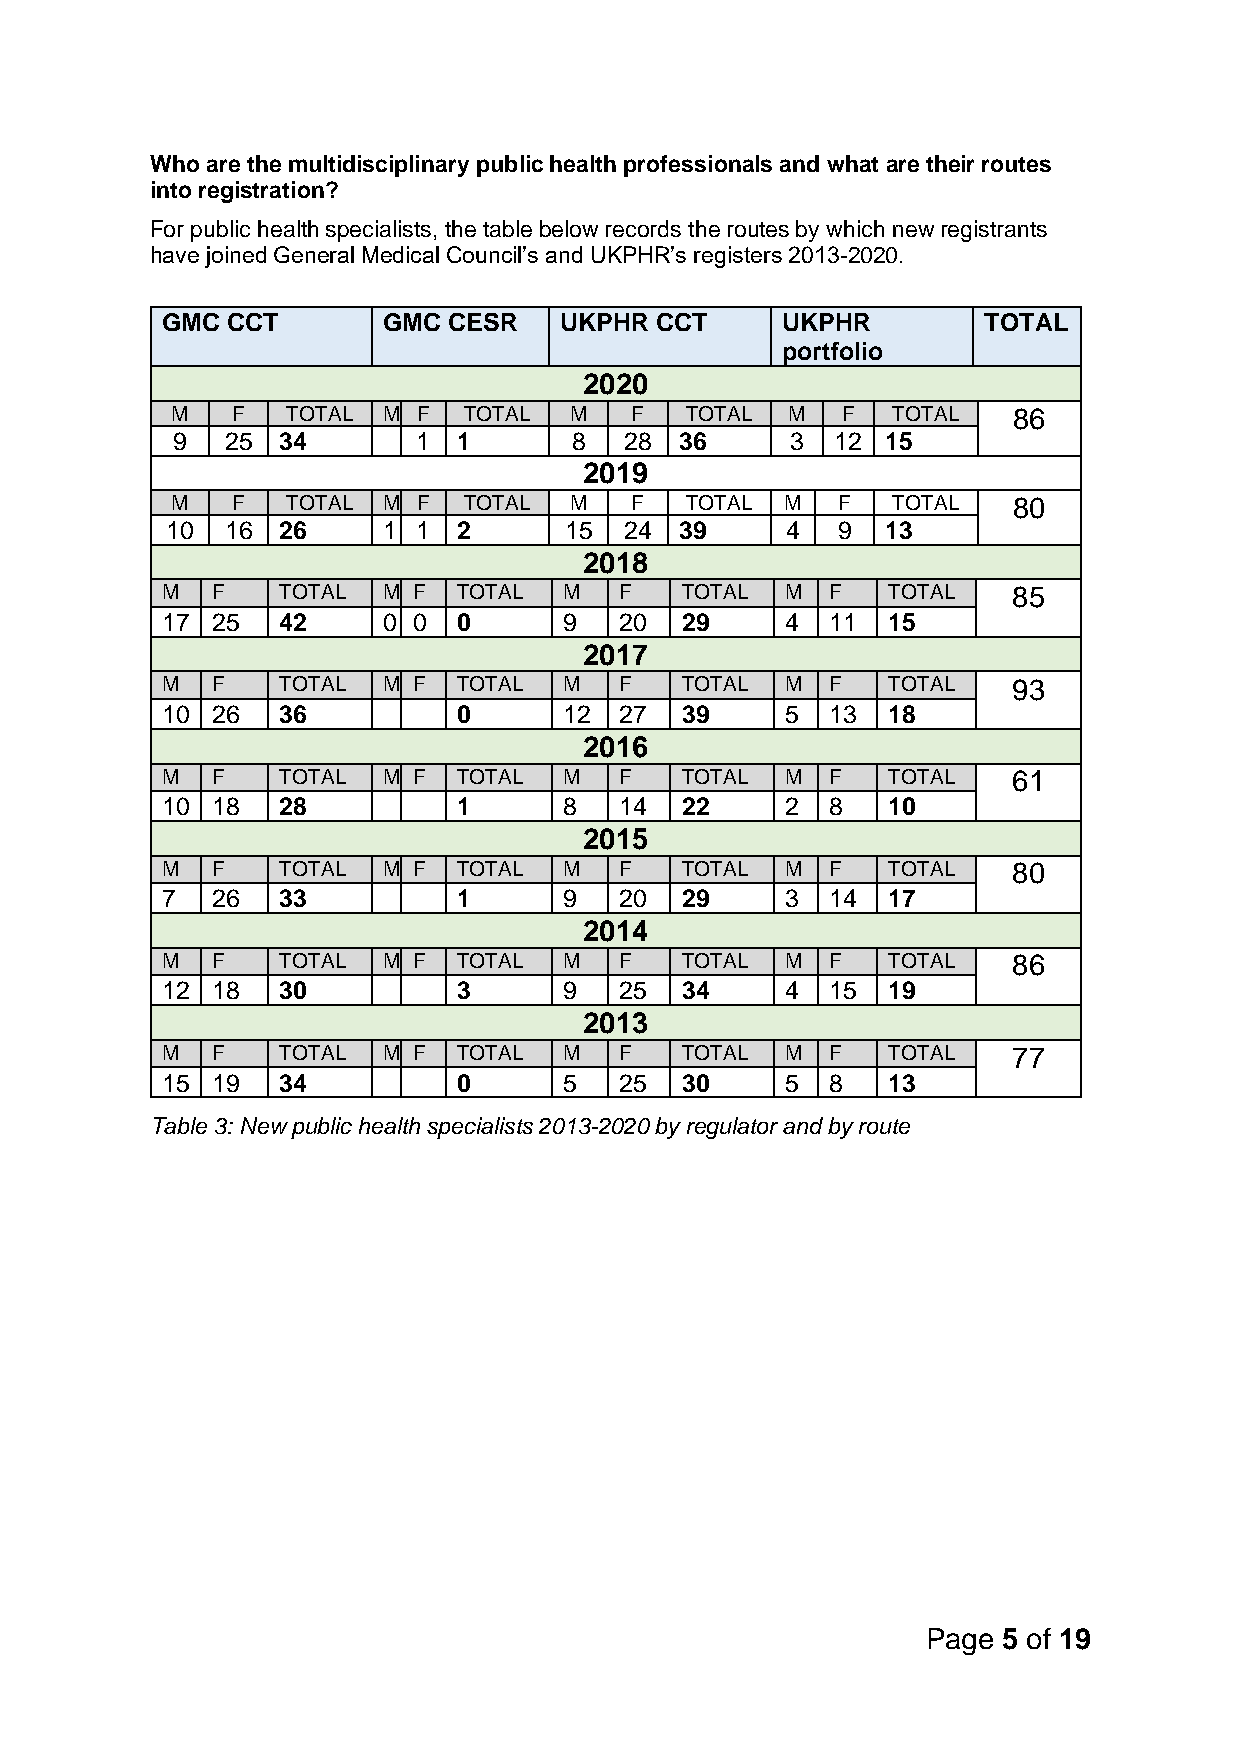
Who are the multidisciplinary public health professionals and what are their routes
 into registration?
 For public health specialists, the table below records the routes by which new registrants
 have joined General Medical Council’s and UKPHR’s registers 2013-2020.
 GMC CCT       GMC  CESR   UKPHR CCT      UKPHR        TOTAL
 portfolio
 2020
 M   F   TOTAL M  F  TOTAL  M   F  TOTAL  M   F  TOTAL   86
 9   25 34        1 1       8  28  36     3  12  15
 2019
 M   F   TOTAL M  F  TOTAL  M   F  TOTAL  M  F   TOTAL   80
 10  16 26     1  1 2      15  24  39     4  9   13
 2018
 M  F   TOTAL  M F  TOTAL  M   F   TOTAL  M  F   TOTAL   85
 17 25  42     0 0  0      9   20  29     4  11  15
 2017
 M  F   TOTAL  M F  TOTAL  M   F   TOTAL  M  F   TOTAL   93
 10 26  36          0      12  27  39     5  13  18
 2016
 M  F   TOTAL  M F  TOTAL  M   F   TOTAL  M  F   TOTAL   61
 10 18  28          1      8   14  22     2  8   10
 2015
 M  F   TOTAL  M F  TOTAL  M   F   TOTAL  M  F   TOTAL   80
 7  26  33          1      9   20  29     3  14  17
 2014
 M  F   TOTAL  M F  TOTAL  M   F   TOTAL  M  F   TOTAL   86
 12 18  30          3      9   25  34     4  15  19
 2013
 M  F   TOTAL  M F  TOTAL  M   F   TOTAL  M  F   TOTAL   77
 15 19  34          0      5   25  30     5  8   13
 Table 3: New public health specialists 2013-2020 by regulator and by route
 Page 5 of 19